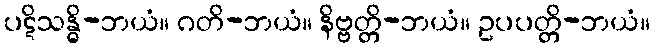
ပဋိသန္ဓိ-ဘယံ။ ဂတိ-ဘယံ။ နိဗ္ဗတ္တိ-ဘယံ။ ဥပပတ္တိ-ဘယံ။